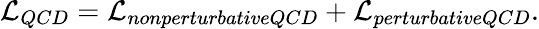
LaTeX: {\cal L}_{QCD}={\cal L}_{nonperturbativeQCD}+{\cal L}_{perturbativeQCD}.